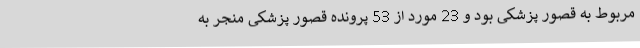
مربوط به قصور پزشکی بود و 23 مورد از 53 پرونده قصور پزشکی منجر به